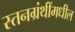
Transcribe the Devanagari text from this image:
स्तनग्रंथींमधील